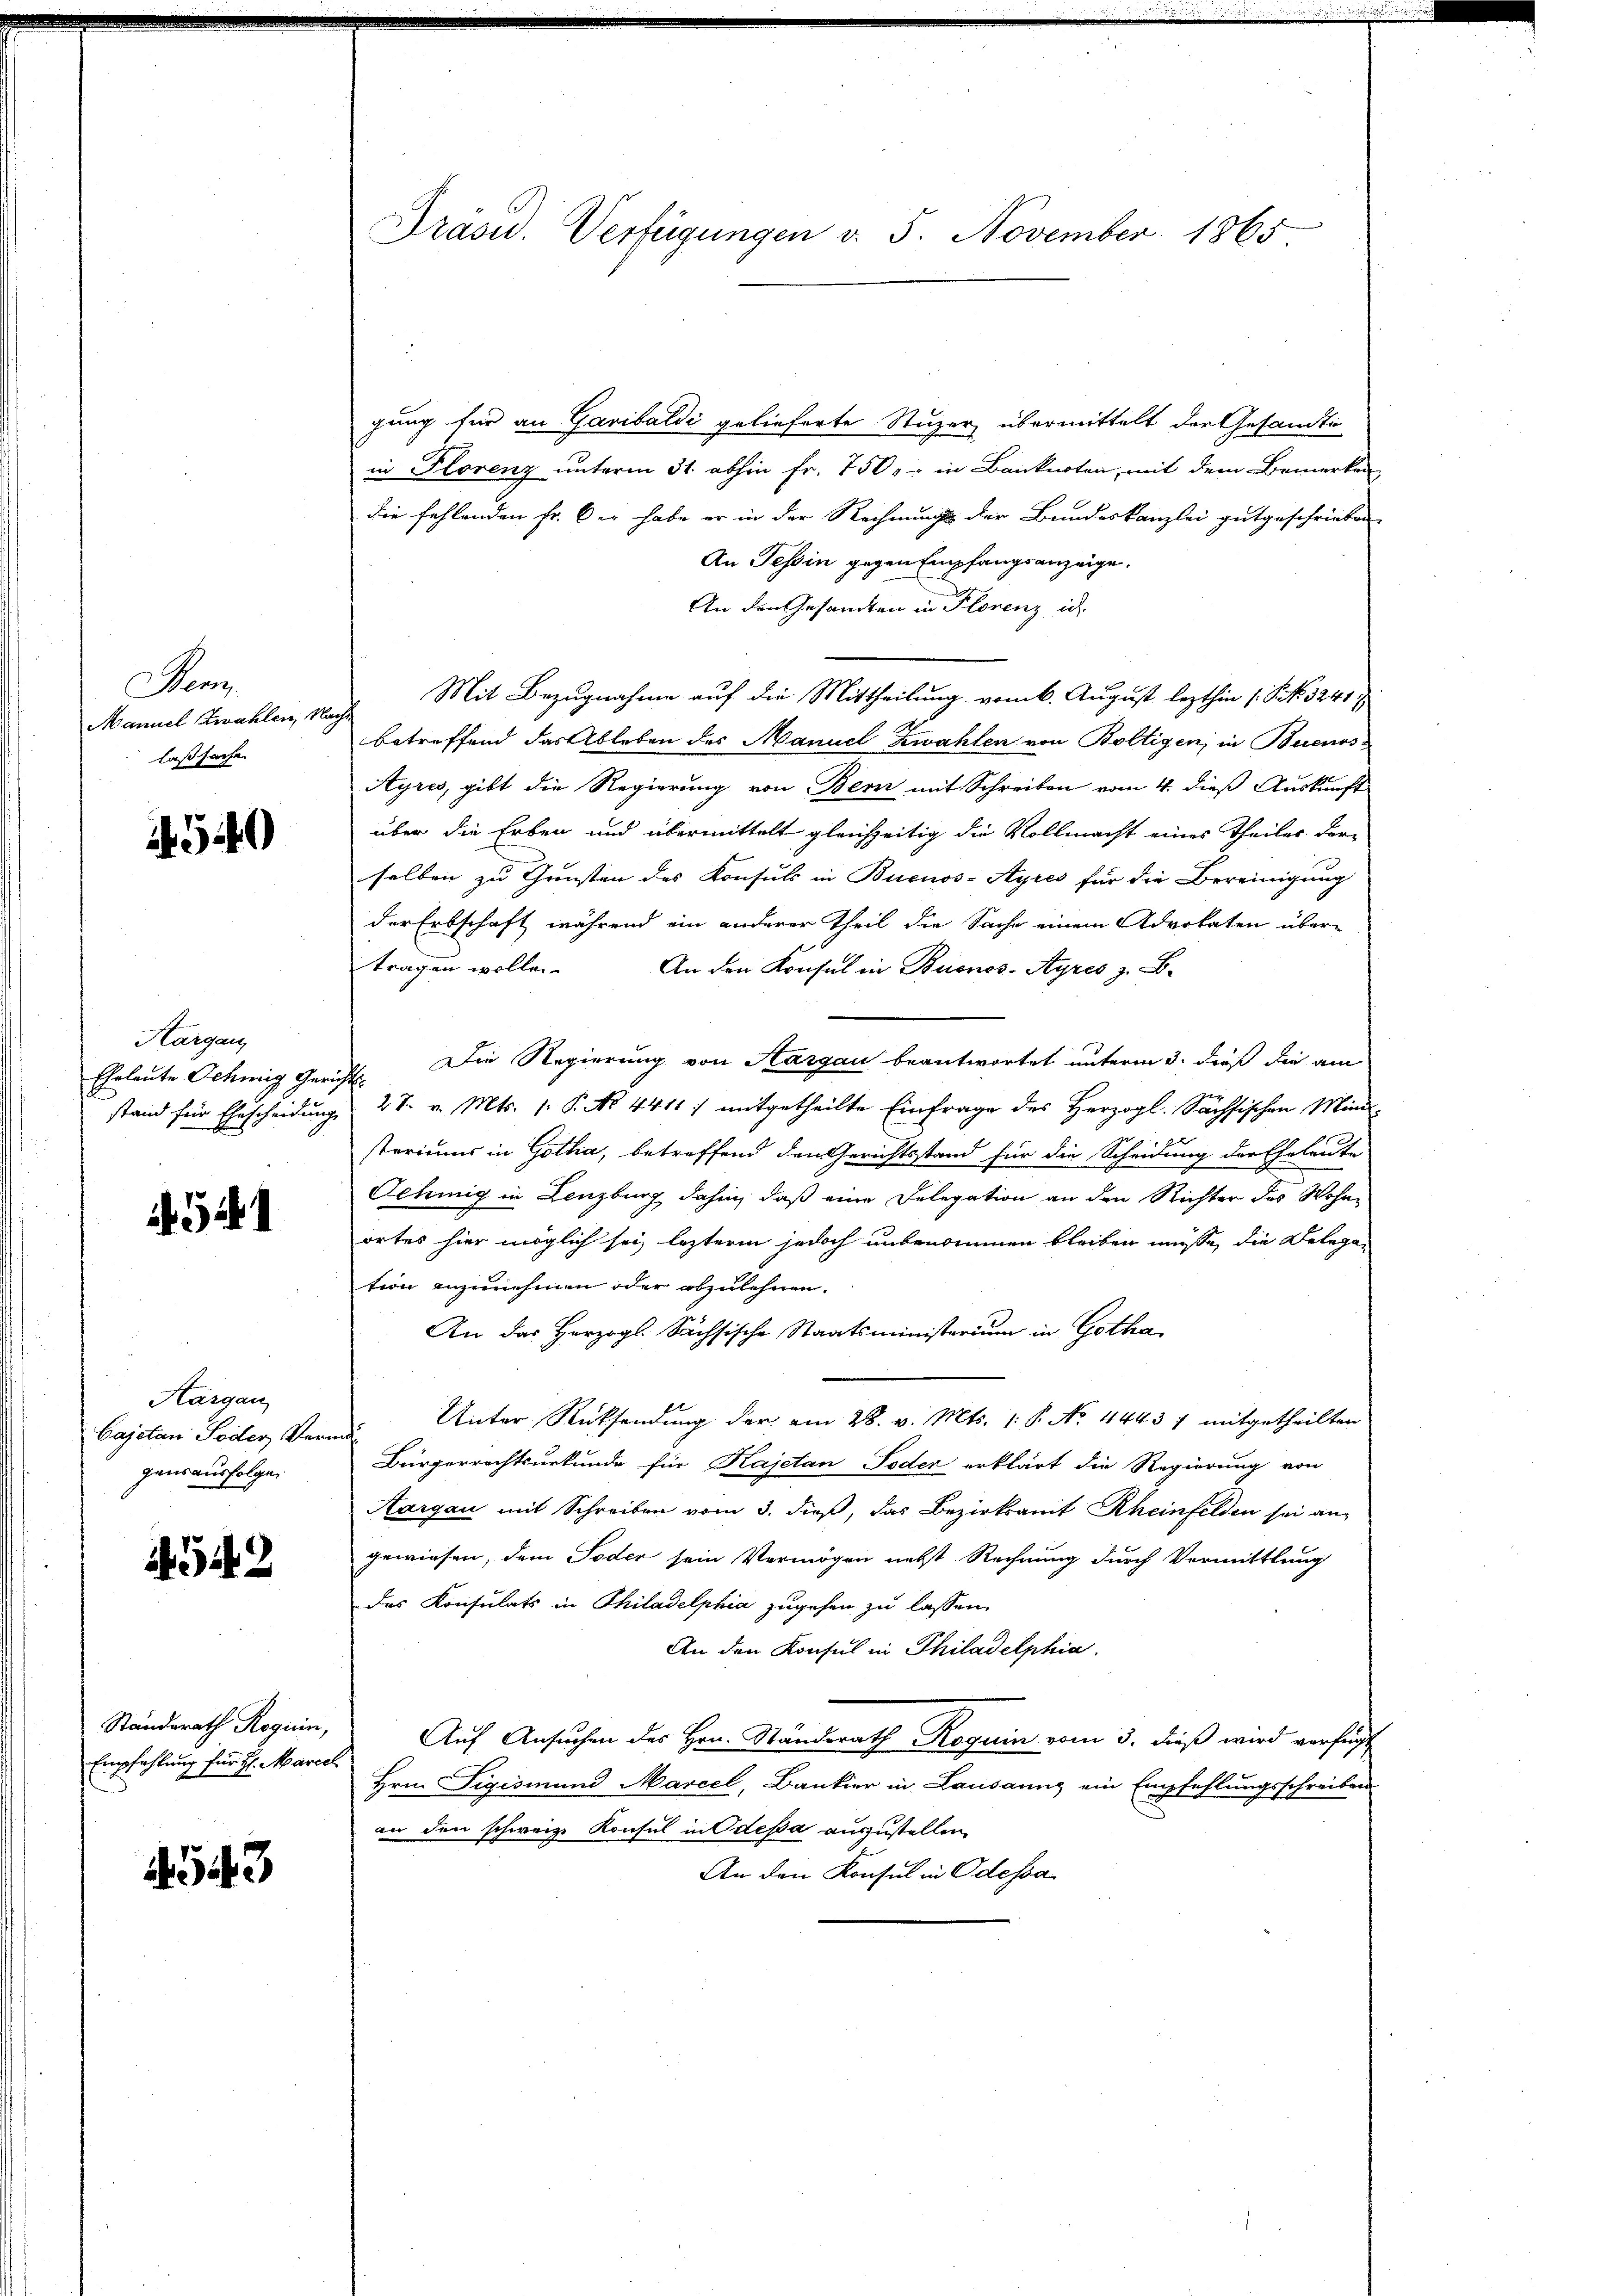
Man
Mannel Zwahlen, Nacht
laßsache.

540

Aargau

54

Aargau,
Cajetan Poder Vermö
gensausfolgen

1542

Empfehlung für H. Marcel

543

gung für an Garibaldi gelieferte Stuzer übermittelt der Gesandte
in Florenz unterm 31. abhin Fr. 750.- in Banknoten, mit dem Bemerken
die fehlenden Fr. 6 er habe er in der Rechnungs der Bundeskanzlei gutgeschrieben
An Tessin gegen Empfangsanzeige.
An den Gesandten in Florenz id
Mit Bezugnahme auf die Mittheilung vom 6. August lezthin (PNNo. 5241
betreffend das Ableben des Manuel Zwahlen von Boltigen, in Buenos-
Ayres, gibt die Regierung von Bern mit Schreiben vom 4. dieß Auskunft
über die Erben und übermittelt gleichzeitig die Vollmacht eines Theiles der-
selben zu Gunsten des Konsuls in Buenos-Ayres für die Bereinigung
der Erbschaft während ein anderer Theil die Sache einem Advokaten über-
tragen wollen. An den Konsul in Buenos-Ayres z. B.
Eheleute Schnig Gericht. Die Regierung von Aargau beantwortet unterm 3. dieß die am
stand für Ehescheidung 27. v. Mts. 1. P. No. 4411/ mitgetheilte Einfrage des Herzogl. Sächsischen Mini
steriums in Gotha, betreffend den Gerichtsstand für die Scheidung der Eheleute
Schinig in Lenzburg dahin, daß eine Delegation an den Richter des Wohnortes hier möglich sei, lezterm jedoch unbenommen bleiben müsse, die Belegen
tion anzunehmen oder abzulehnen.
An das Herzogs Sächsische Staatsministerium in Gotha¬
Unter Rücksendung der am 28. v. Mts. 1. P. No. 4443 7 mitgetheilten
Bürgerrechtsurkunde für Kajetan Soder erklärt die Regierung von
Aargau mit Schreiben vom 3. dieß, das Bezirksamt Rheinfelden sei angewiesen, dem Toder sein Vermögen nebst Rechnung durch Vermittlung
das Konsulats in Philadelphia zugehen zu lassen.
An den Konsul in Philadelphia
Ständerath Roguin, Auf Ansuchen des Hrn. Ständerath Roguin vom 3. dieß wird verfügt
Hrn. Sigismund Marcel, Bankier in Lausanne ein Empfehlungsschreiben
an den schweiz. Konsul in Odessa auszustellen.
An den Konsul in Odessa

Präsid. Verfügungen d. 5. November 1865